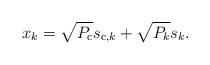
LaTeX: \begin{align*}x_k=\sqrt{P_{\mathrm{c}}} s_{\mathrm{c},k} + \sqrt{P_k} s_{k}.\end{align*}